Vaccination in the Punjab 1919-1929 - 1919-1929
Year: 1919
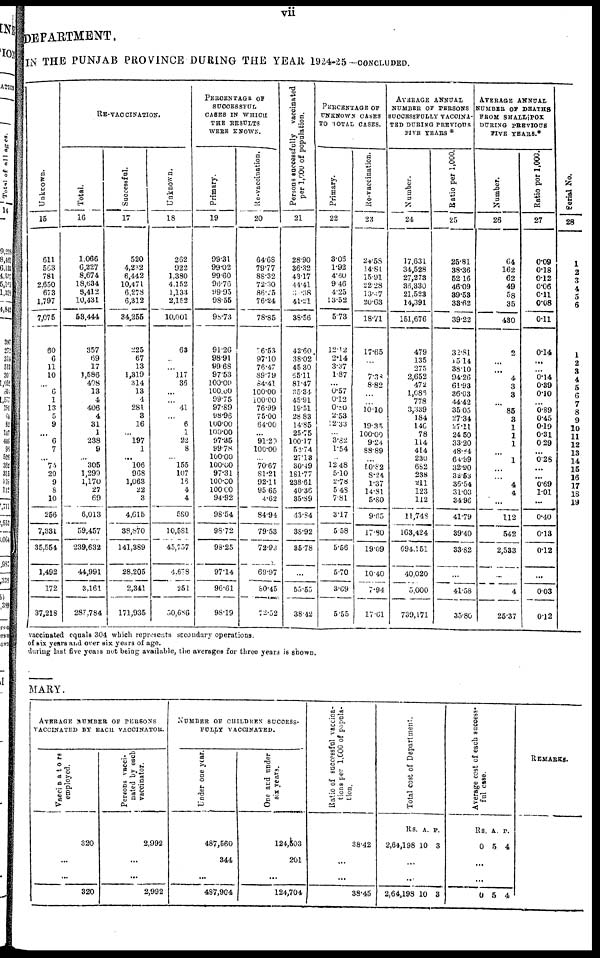
vii
DEPARTMENT.
IN THE PUNJAB PROVINCE DURING THE YEAR 1924-25—CONCLUDED.
Unknown.
15
611
563
781
2,650
673
1,797
7,075
60
6
11
10
6
1
13
5
9
...
6
7
...
75
20
9
8
10
256
7,331
35,554
1,492
172
37,218
RE-VACCINATION.
Total.
16
1,066
6,227
8,674
18,634
3,412
10,431
53,444
357
69
17
1,586
408
13
4
406
4
31
1
238
9
...
305
1,299
1,170
27
69
6,013
59,457
239,632
44,991
3,161
287,784
Successful.
17
520
4,232
6,442
10,471
6,278
6,312
34,255
225
67
13
1,319
314
13
4
281
3
16
...
197
1
...
106
968
1,063
22
3
4,615
38,870
141,389
28,205
2,341
171,935
Unknown.
18
262
922
1,380
4,152
1,133
2,152
10,001
63
117
36
...
41
6
1
22
8
155
107
16
4
4
580
10,581
45,757
4,678
251
50,686
PERCENTAGE OF
SUCCESSFUL
CASES IN WHICH
THE RESULTS
WERE KNOWN.
Primary.
19
99.31
99.02
99.60
96.76
99.95
98.55
96.73
91.26
98.91
99.68
97.53
100.00
100.00
99.75
97.89
98.96
100.00
100.00
97.35
99.78
100.00
100.00
97.31
100.00
100.00
94.92
98.54
98.72
98.25
97.14
96.61
98.19
Re-vaccination.
20
64.68
79.77
88.32
72.30
86.25
76.24
78.85
76.53
97.10
76.47
89.79
84.41
100.00
100.00
76.99
75.00
64.00
...
91.20
100.00
70.67
81.21
92.11
95.65
4.62
84.94
79.53
72.93
69.97
80.45
72.52
P ersons successfully vaccinated
per 1,000 of population.
21
28.90
36.32
43.17
44.41
30.38
41.21
38.56
42.60
38.02
45.30
65.11
81.47
35.34
45.91
19.51
28.83
14.85
25.75
100.17
52.74
27.13
30.49
181.77
238.61
40.36
35.89
43.84
38.92
85.78
...
55.55
38.42
PERCENTAGE OF
UNKNOWN CASES
TO TOTAL CASES.
Primary.
22
3.06
1.92
4.60
9.46
4.25
13.52
5.73
12.12
2.14
3.37
1.87
0.57
0.12
0.80
2.53
12.33
...
3.82
1.54
12.48
5.10
2.78
5.48
7.81
3.17
5.58
5.56
5.70
3.69
5.55
Re-vaccination.
23
24.58
14.81
15.91
22.28
13.47
20.63
18.71
17.65
7.38
8.82
10.10
19.35
100.00
9.24
88.89
50.82
8.24
1.37
14.81
5.80
9.65
17.80
19.09
10.40
7.94
17.61
AVERAGE ANNUAL
NUMBER OF PERSONS
SUCCESSFULLY VACCINA-
TED DURING PREVIOUS
FIVE YEARS *
Number.
24
17,631
34,528
27,273
36,330
21,523
14,391
151,676
479
135
275
2,652
472
1,086
778
3,339
184
146
78
114
414
230
682
238
211
123
112
11,748
163,424
694,151
40,020
5,000
739,171
Ratio per 1,000.
25
25.81
38.36
52.16
46.09
39.53
33.62
39.22
32.81
15.14
38.10
94.26
61.93
36.03
44.42
35.05
27.34
27.11
24.50
33.20
48.84
64.99
32.90
32.53
36.54
31.03
34.96
41.79
39.40
33.82
41.58
35.80
AVERAGE ANNUAL
NUMBER OF DEATHS
FROM SMALL POX
DURING PREVIOUS
FIVE YEARS.*
Number.
26
64
162
62
49
58
35
430
2
4
3
3
85
3
1
1
1
1
4
4
112
542
2,533
...
4
25.37
Ratio per 1,000.
27
0.09
0.18
0.12
0.06
0.11
0.08
0.11
0.14
0.14
0.39
0.10
0.89
0.45
0.19
0.31
0.29
0.28
0.69
1.01
0.40
0.13
0.12
...
0.03
0.12
Serial No.
28
1
2
3
4
5
6
1
2
3
4
5
6
7
8
9
10
11
12
13
14
15
16
17
18
19
vaccinated equals 304 which represents secondary operations.
of six years and over six years of age.
during last five years not being available, the averages for three years is shown.
MARY.
AVERAGE NUMBER OF PERSONS
VACCINATED BY EACH VACCINATOR.
Vaccinators
employed.
320
...
...
320
Persons vacci¬
nated by each
vaccinator.
2,992
...
...
2,992
NUMBER OF CHILDREN SUCCESS¬
FULLY VACCINATED.
Under one year.
487,560
344
...
487,904
One and under
six years.
124,503
201
...
124,704
Ratio of successful vaccina-
tions per 1,000 of popula-
tion.
38.42
...
...
38.45
Total cost of Department.
Rs.
2,64,198
A.
10
P.
3
...
...
2,64,198 10 3
Average cost of each success¬
ful case.
Rs.
0
A.
5
P.
4
...
...
0 5 4
REMARKS.